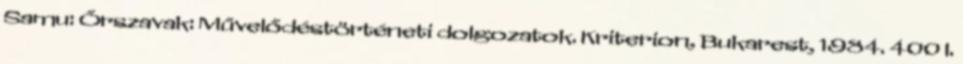
Samu: Őrszavak: Művelődéstörténeti dolgozatok. Kriterion, Bukarest, 1984. 400 l.